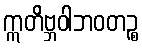
ဣတိဗ္ဘဝါဘဝတဉ္စ